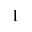
^ 1